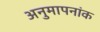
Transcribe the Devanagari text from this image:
अनुमापनांक